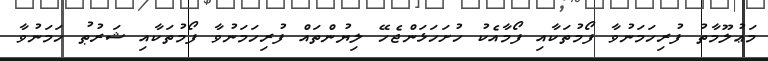
މަޢުލޫމާތު ފުރިހަމަނުވާ ފޯމުތަކާއި ފޯމާއެކު ހުށަހަޅަންޖެހޭ ލިޔުންތައް ފުރިހަމަނުވާ ފޯމުތަކާއި ޝަރުޠު ހަމަނުވާ